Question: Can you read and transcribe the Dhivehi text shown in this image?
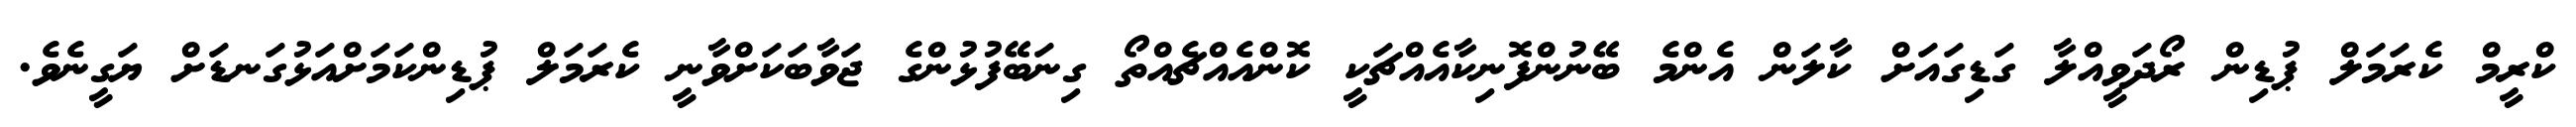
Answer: ކްރީމް ކެރަމަލް ޕުޑިން ރޯދަވީއްލާ ގަޑިގައަށް ކާލަން އެންމެ ބޭނުންފޮނިކާއެއްޗަކީ ކޮންއެއްޗެއްތޯ ގިނަބޭފުޅުންގެ ޖަވާބަކަށްވާނީ ކެރަމަލް ޕުޑިންކަމަށްއަޅުގަނޑަށް ޔަގީނެވެ.